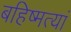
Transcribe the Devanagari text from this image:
बहिष्मत्यां